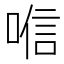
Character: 𱓞